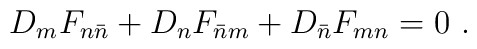
D_m F_{n\bar{n}} + D_n F_{\bar{n}m} + D_{\bar{n}} F_{mn} = 0 \ .